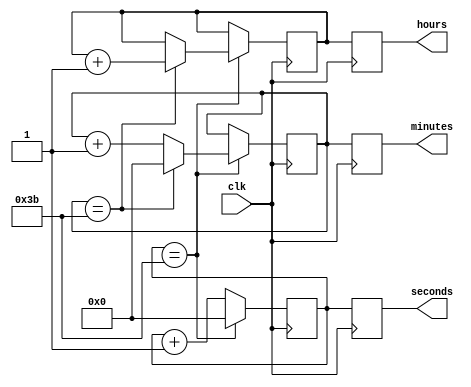
module binary_clock_divider (
    input wire clk,
    output reg [3:0] hours,
    output reg [5:0] minutes,
    output reg [5:0] seconds
);

reg [3:0] hours_reg;
reg [5:0] minutes_reg;
reg [5:0] seconds_reg;

always @ (posedge clk) begin
    // Timing control block
    if (seconds_reg == 59) begin
        seconds_reg <= 0;
        if (minutes_reg == 59) begin
            minutes_reg <= 0;
            if (hours_reg == 23) begin
                hours_reg <= 0;
            end else begin
                hours_reg <= hours_reg + 1;
            end
        end else begin
            minutes_reg <= minutes_reg + 1;
        end
    end else begin
        seconds_reg <= seconds_reg + 1;
    end
end

// Synchronization blocks
always @ (posedge clk) begin
    hours <= hours_reg;
    minutes <= minutes_reg;
    seconds <= seconds_reg;
end

endmodule